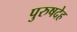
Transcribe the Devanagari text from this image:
पुरुषदेह